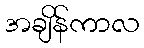
အချိန်ကာလ